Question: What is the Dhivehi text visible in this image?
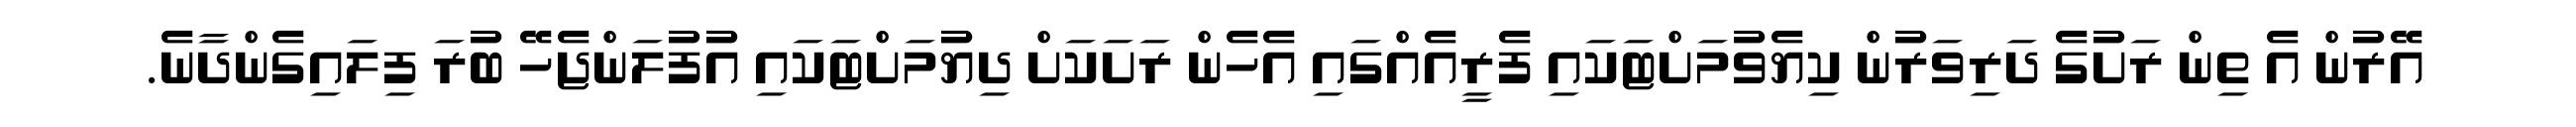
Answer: އޭރުން އެ ތިން ރަށުގެ ދަރިވަރުން ކިޔެވުމަށްޓަކައި ފެރީއެއްގައި އެހެން ރަށަކަށް ދިޔުމަށްޓަކައި އުފުލަންޖެހޭ ބުރަ ފިލައިގެންދާނެ.